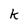
Character: k